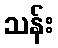
သန်း